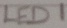
Text: LED1